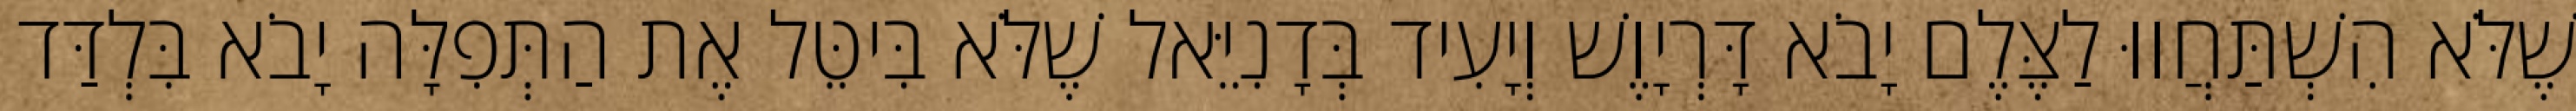
שֶׁלֹּא הִשְׁתַּחֲווּ לַצֶּלֶם יָבֹא דָּרְיָוֶשׁ וְיָעִיד בְּדָנִיֵּאל שֶׁלֹּא בִּיטֵּל אֶת הַתְּפִלָּה יָבֹא בִּלְדַּד